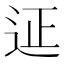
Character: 𨒌